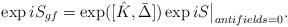
LaTeX: \begin{align*}\exp iS_{gf}=\exp([\hat{K},\bar{\Delta}]) \exp iS\big\vert_{antifields=0}. \end{align*}